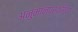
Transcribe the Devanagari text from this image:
अनुमानप्रक्रिया